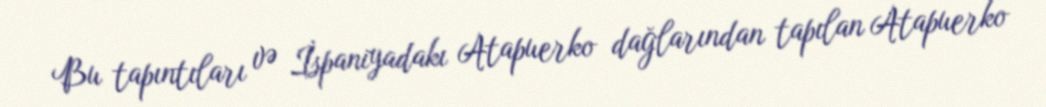
Bu tapıntıları və İspaniyadakı Atapuerko dağlarından tapılan Atapuerko